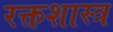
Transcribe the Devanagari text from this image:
रक्तशास्त्र